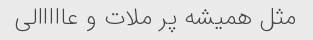
مثل همیشه پر ملات و عااااالی